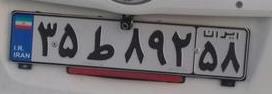
۳۵ط۸۹۲۵۸